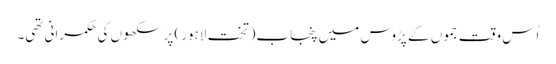
اُس وقت جموں کے پڑوس میں پنجاب(تخت لاہور) پر سکھوں کی حکمرانی تھی۔